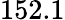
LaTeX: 152.1